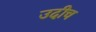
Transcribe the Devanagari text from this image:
उदीच